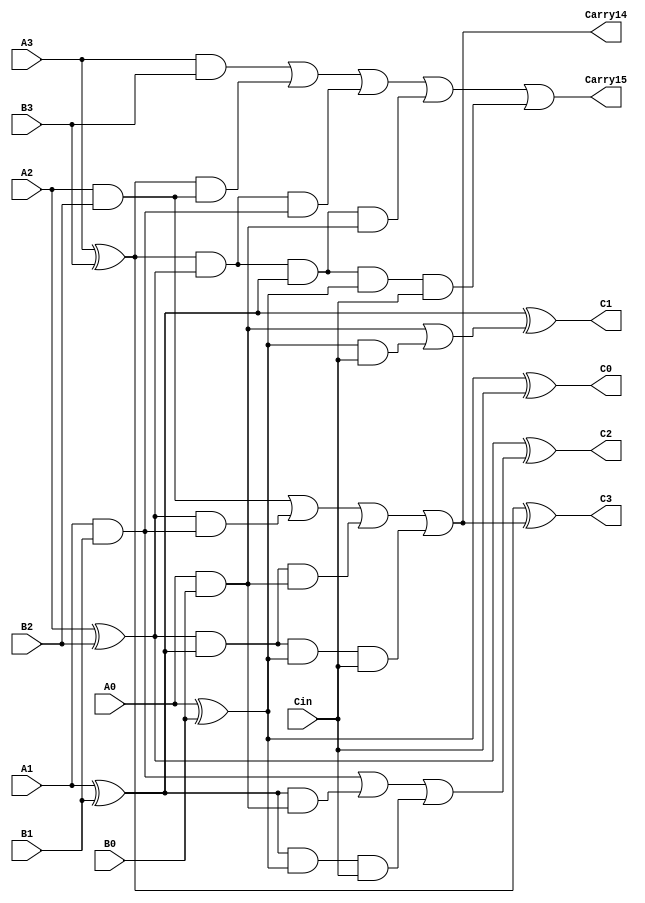
`timescale 1ns / 1ps
//////////////////////////////////////////////////////////////////////////////////
// Company: 
// Engineer: 
// 
// Design Name: 
// Module Name: cla_4bit_2output
// Project Name: 
// Target Devices: 
// Tool Versions: 
// Description: 
// 
// Dependencies: 
// 
// Revision:
// Revision 0.01 - File Created
// Additional Comments:
// 
//////////////////////////////////////////////////////////////////////////////////


module cla_4bit_2output(A3, A2, A1 , A0, B3, B2, B1, B0, Cin, C3, C2, C1, C0, Carry14, Carry15
    );
    
    input A3, A2, A1, A0, B3, B2, B1, B0, Cin;
    output C3, C2, C1, C0, Carry14, Carry15;
    
    wire G0,G1,G2,G3,P0,P1,P2,P3;
    
    assign G0 = (A0 & B0);
    assign G1 = (A1 & B1);
    assign G2 = (A2 & B2);
    assign G3 = (A3 & B3);
    
    assign P0 = (A0 ^ B0);
    assign P1 = (A1 ^ B1);
    assign P2 = (A2 ^ B2);
    assign P3 = (A3 ^ B3);
    
    wire D0, D1;
    assign D0 = (G0 | (P0 & Cin));
    assign D1 = (G1 | (P1 & G0) | (P1 & P0 & Cin));
    assign Carry14 = (G2 | (P2 & G1) | (P2 & P1 & G0) | (P2 & P1 & P0 & Cin));
    assign Carry15 = (G3 | (P3 & G2) | (P3 & P2 & G1) | (P3 & P2 & P1 & G0) | (P3 & P2 & P1 & P0 & Cin));
    
    assign C0 = P0 ^ Cin;
    assign C1 = P1 ^ D0;
    assign C2 = P2 ^ D1;
    assign C3 = P3 ^ Carry14;
endmodule